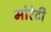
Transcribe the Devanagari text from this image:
मोरेटी